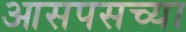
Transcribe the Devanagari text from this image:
आसपसच्या